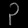
Digit: ၃